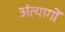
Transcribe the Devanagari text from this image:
अंत्यागों